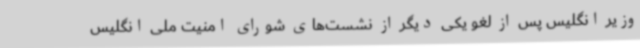
وزیر انگلیس پس از لغو یکی دیگر از نشست‌های شورای امنیت ملی انگلیس